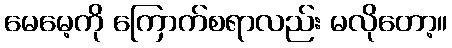
မေမေ့ကို ကြောက်စရာလည်း မလိုတော့။